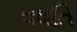
વધતિ